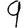
Digit: 9